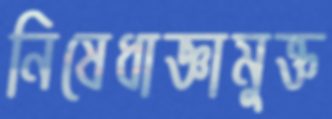
নিষেধাজ্ঞামুক্ত